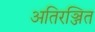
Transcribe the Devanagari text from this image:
अतिरञ्जित